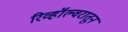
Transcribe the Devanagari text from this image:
रिव्हॉल्वरातून